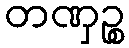
တဏှဉ္စ